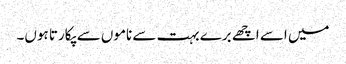
میں اسے اچھے برے بہت سے ناموں سے پکارتا ہوں۔